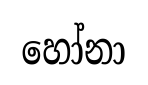
හෝනා